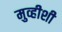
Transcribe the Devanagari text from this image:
मुव्हीशी